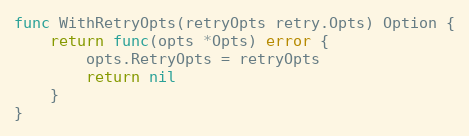
Language: Go
func WithRetryOpts(retryOpts retry.Opts) Option {
	return func(opts *Opts) error {
		opts.RetryOpts = retryOpts
		return nil
	}
}